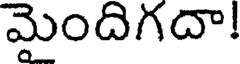
మైందిగదా!